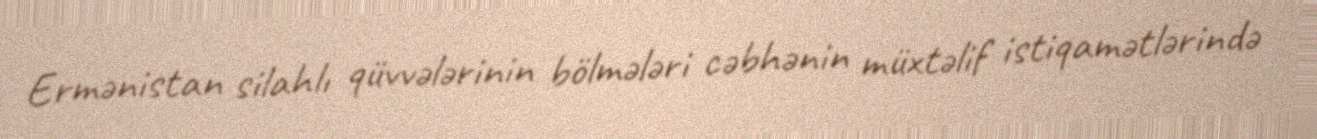
Ermənistan silahlı qüvvələrinin bölmələri cəbhənin müxtəlif istiqamətlərində